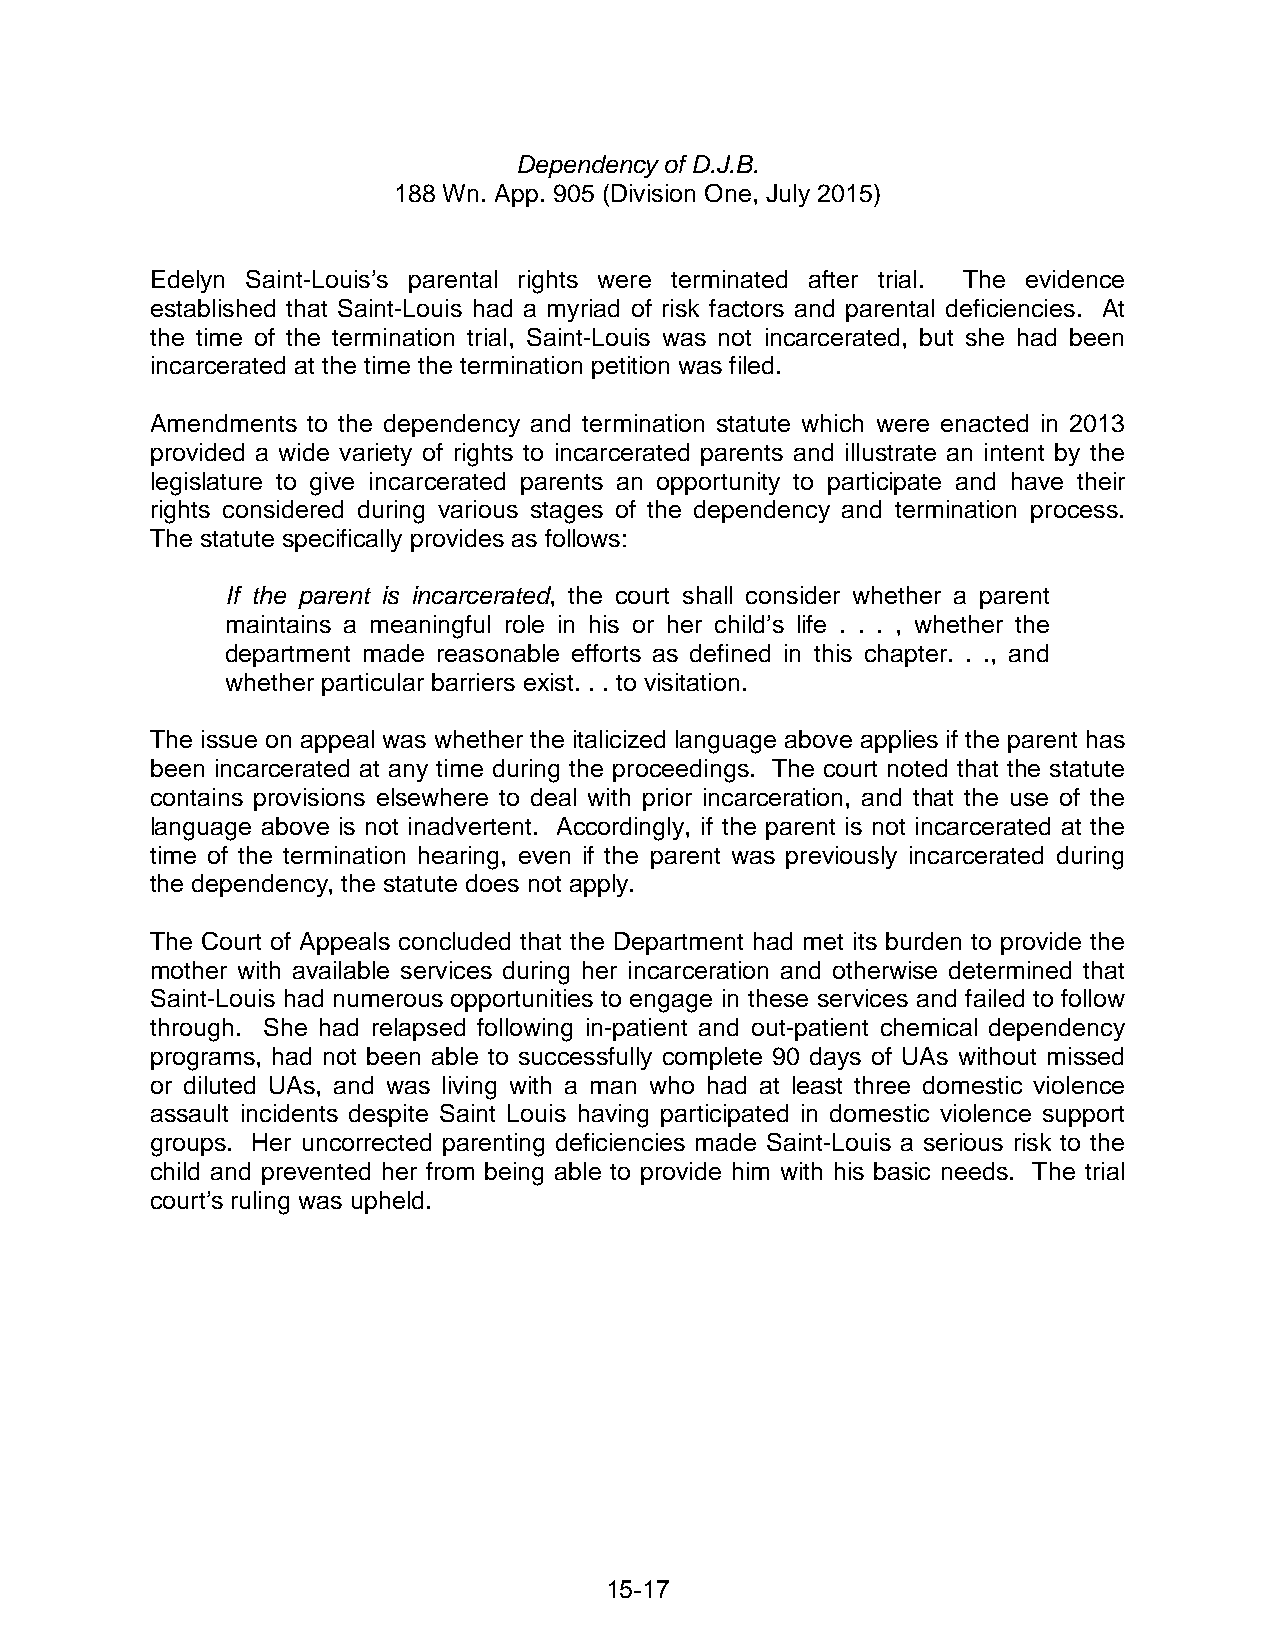
Dependency of D.J.B.
 188 Wn. App. 905 (Division One, July 2015)
 Edelyn Saint-Louis’s parental rights were terminated after trial. The evidence
 established that Saint-Louis had a myriad of risk factors and parental deficiencies. At
 the time of the termination trial, Saint-Louis was not incarcerated, but she had been
 incarcerated at the time the termination petition was filed.
 Amendments to the dependency and termination statute which were enacted in 2013
 provided a wide variety of rights to incarcerated parents and illustrate an intent by the
 legislature to give incarcerated parents an opportunity to participate and have their
 rights considered during various stages of the dependency and termination process.
 The statute specifically provides as follows:
 If the parent is incarcerated, the court shall consider whether a parent
 maintains a meaningful role in his or her child’s life . . . , whether the
 department made reasonable efforts as defined in this chapter. . ., and
 whether particular barriers exist. . . to visitation.
 The issue on appeal was whether the italicized language above applies if the parent has
 been incarcerated at any time during the proceedings. The court noted that the statute
 contains provisions elsewhere to deal with prior incarceration, and that the use of the
 language above is not inadvertent. Accordingly, if the parent is not incarcerated at the
 time of the termination hearing, even if the parent was previously incarcerated during
 the dependency, the statute does not apply.
 The Court of Appeals concluded that the Department had met its burden to provide the
 mother with available services during her incarceration and otherwise determined that
 Saint-Louis had numerous opportunities to engage in these services and failed to follow
 through. She had relapsed following in-patient and out-patient chemical dependency
 programs, had not been able to successfully complete 90 days of UAs without missed
 or diluted UAs, and was living with a man who had at least three domestic violence
 assault incidents despite Saint Louis having participated in domestic violence support
 groups. Her uncorrected parenting deficiencies made Saint-Louis a serious risk to the
 child and prevented her from being able to provide him with his basic needs. The trial
 court’s ruling was upheld.
 15-17